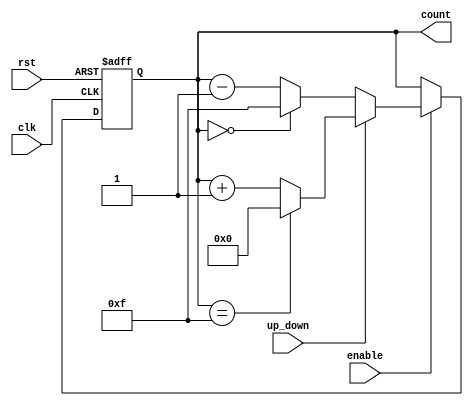
module UpDownCounter #
(
    parameter WIDTH = 4 // Define the width of the counter (default: 4 bits)
)
(
    input wire clk,              // Clock signal
    input wire rst,              // Asynchronous reset
    input wire up_down,          // Up/Down control signal
    input wire enable,           // Enable signal
    output reg [WIDTH-1:0] count // Current count value
);

// Define maximum and minimum values based on the width
localparam MAX_COUNT = (1 << WIDTH) - 1; // Maximum count value for given width

// Asynchronous reset and synchronous counting logic
always @(posedge clk or posedge rst) begin
    if (rst) begin
        count <= 0; // Reset count to zero
    end else if (enable) begin
        if (up_down) begin
            // Count Up
            if (count == MAX_COUNT) begin
                count <= 0; // Wrap around on overflow
            end else begin
                count <= count + 1; // Increment count
            end
        end else begin
            // Count Down
            if (count == 0) begin
                count <= MAX_COUNT; // Wrap around on underflow
            end else begin
                count <= count - 1; // Decrement count
            end
        end
    end
    // If enable is low, hold the current count value
end

endmodule